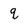
Character: q